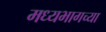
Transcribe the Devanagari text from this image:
मध्‍यभागच्या